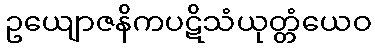
ဥယျောဇနိကပဋိသံယုတ္တံယေဝ